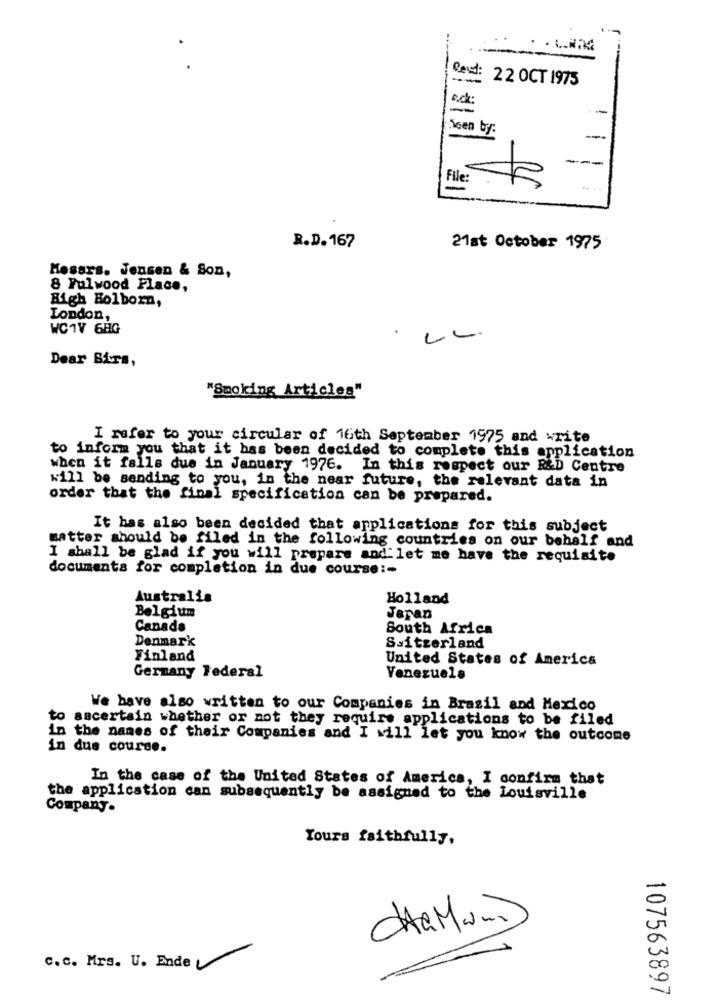
Read: 22 OCT 1975
-
isen by:
---
---
File:
R.D. 167
21st October 1975
Mesars. Jensen & Son,
8 Fulwood Place,
High Holborn,
London,
WC1V 6HG
.
Dear Birs,
"Smoking Articles"
I refer to your circular of 16th September 1975 and write
to inform you that it has been decided to complete this application
when it falls due in January 1976. In this respect our R&D Centre
will be sending to you, in the near future, the relevant data in
order that the final specification can be prepared.
It has also been decided that applications for this subject
matter should be filed in the following countries on our behalf and
I shall be glad if you will prepare and let me have the requisite
documents for completion in due course :-
Australia
Holland
Belgium
Japan
Canada
South Africa
Denmark
Switzerland
Finland
United States of America
Germany Federal
Venezuela
We have also written to our Companies in Brasil and Mexico
to ascertain whether or not they require applications to be filed
in the names of their Companies and I will let you know the outcome
in due course.
In the case of the United States of America, I confirm that
the application can subsequently be assigned to the Louisville
Company.
Yours faithfully,
ChaMam
c.c. Mrs. U. Ende
107563897